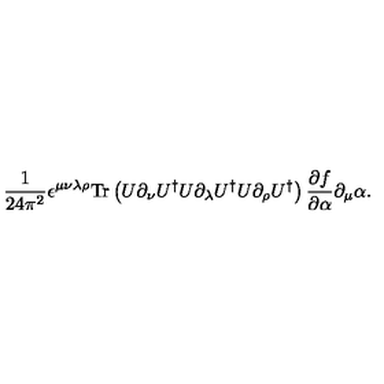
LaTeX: \frac { 1 } { 2 4 \pi ^ { 2 } } \epsilon ^ { \mu \nu \lambda \rho } \mathrm { T r } \left( U \partial _ { \nu } U ^ { \dagger } U \partial _ { \lambda } U ^ { \dagger } U \partial _ { \rho } U ^ { \dagger } \right) \frac { \partial f } { \partial \alpha } \partial _ { \mu } \alpha .